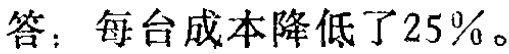
答：每台成本降低了\(25\%\)。